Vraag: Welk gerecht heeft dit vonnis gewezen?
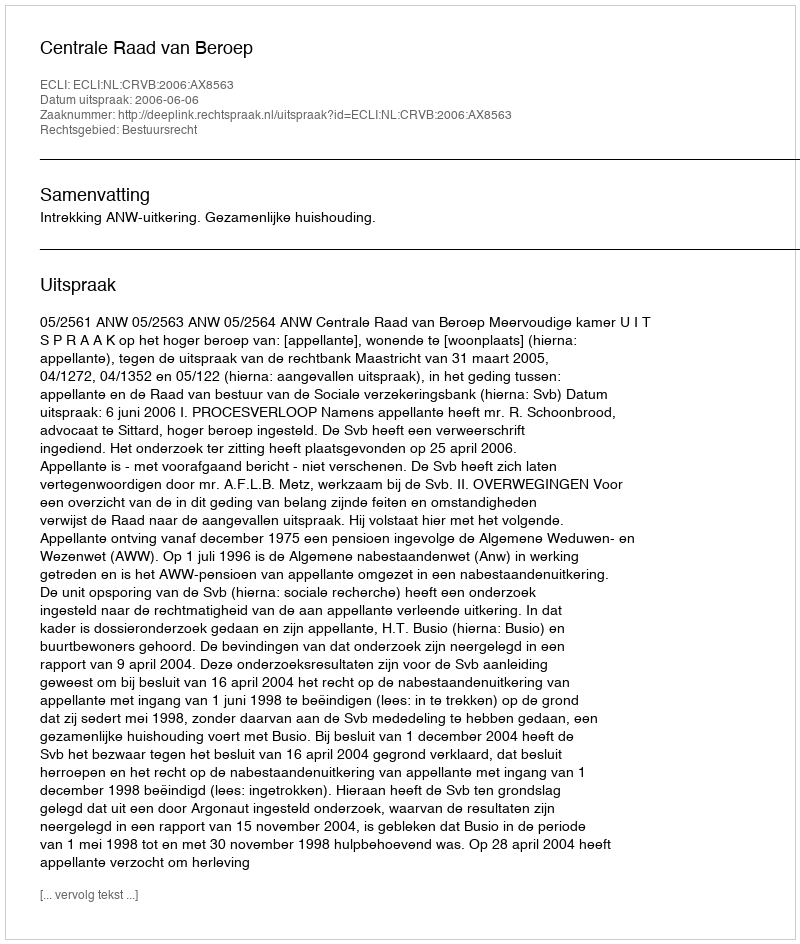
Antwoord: Centrale Raad van Beroep